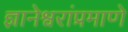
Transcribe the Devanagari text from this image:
ज्ञानेश्वरांप्रमाणे